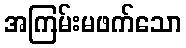
အကြမ်းမဖက်သော